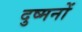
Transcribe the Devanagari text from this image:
दुष्मनों